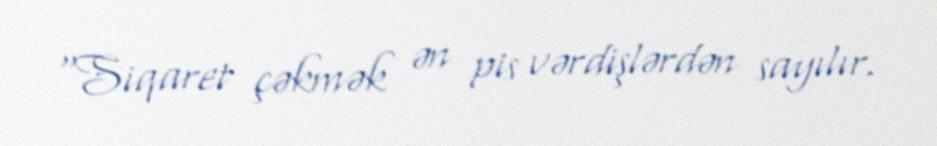
“Siqaret çəkmək ən pis vərdişlərdən sayılır.